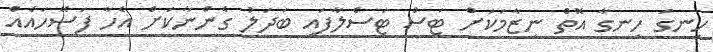
ހިނގަ ހިނގާ އޮތް ނިޒާމަކަށް ޓަސް ޓަސްލާފައި ބަދަލު ގެންނާކަށް އެހާ ފަސޭހައެއް